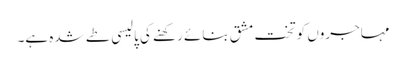
مہاجروں کو تخت مشق بنائے رکھنے کی پالیسی طے شدہ ہے۔